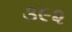
૩૯૨